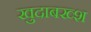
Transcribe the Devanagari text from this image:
खुदाबख्श